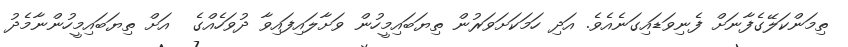
ތިމަންކަލޭގެފާނަށް ފެނިވަޑައިގަނެއެވެ. އަދި ހަމަކަށަވަރުން ތިޔަބައިމީހުން ވަށާލައިފައިވާ ދުވަހެއްގެ  އަށް ތިޔަބައިމީހުންނާމެދު